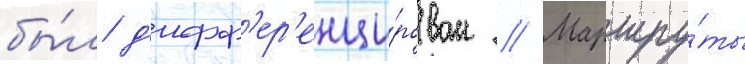
бы́л д'ифф'ер'енци́рован // Маршру́ты